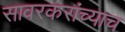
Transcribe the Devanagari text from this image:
सावरकरांच्याच